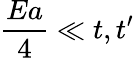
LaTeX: \frac{Ea}{4}\ll t,t^{\prime}